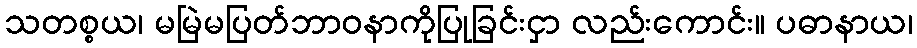
သတစ္စယ၊ မမြဲမပြတ်ဘာဝနာကိုပြုခြင်းငှာ လည်းကောင်း။ ပဓာနာယ၊